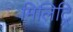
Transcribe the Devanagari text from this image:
मिलिट्रि